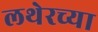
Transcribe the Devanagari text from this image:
लथेरच्या